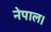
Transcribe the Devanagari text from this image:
नेपाल।